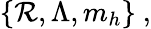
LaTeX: \{ \mathcal{R},\Lambda,m_{h}\} \ ,